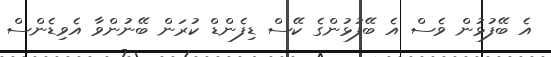
އެ ބޭފުޅުން ވެސް އެ ބޭފުޅުންގެ ކޭސް ޑިފެންޑް ކުރަން ބޭނުންވާ އެވިޑެންސް